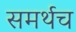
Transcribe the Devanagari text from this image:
समर्थच